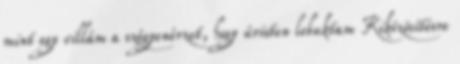
mint egy villám a szégyenérzet, hogy úristen lebuktam Kiközösítésre